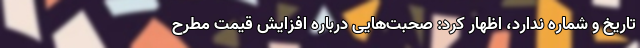
تاریخ و شماره ندارد، اظهار کرد: صحبت‌هایی درباره افزایش قیمت مطرح